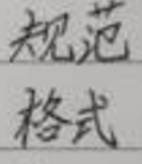
规范
格式